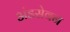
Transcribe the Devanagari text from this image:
अंडसेवन